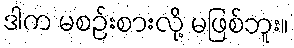
ဒါက မစဉ်းစားလို့ မဖြစ်ဘူး။